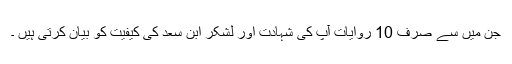
جن میں سے صرف 10 روایات آپ کی شہادت اور لشکر ابن سعد کی کیفیت کو بیان کرتی ہیں ۔